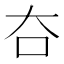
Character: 夻